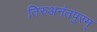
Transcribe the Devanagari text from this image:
तिरुअनंतपुरम्